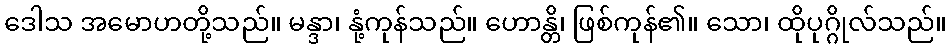
ဒေါသ အမောဟတို့သည်။ မန္ဒာ၊ နုံ့ကုန်သည်။ ဟောန္တိ၊ ဖြစ်ကုန်၏။ သော၊ ထိုပုဂ္ဂိုလ်သည်။